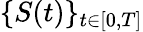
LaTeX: \{ S(t)\} _{t\in[0,T]}